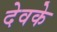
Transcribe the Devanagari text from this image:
देवके